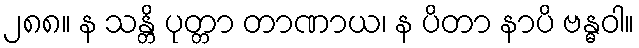
၂၈၈။ န သန္တိ ပုတ္တာ တာဏာယ၊ န ပိတာ နာပိ ဗန္ဓဝါ။